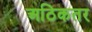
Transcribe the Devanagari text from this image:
अठिकतर